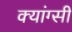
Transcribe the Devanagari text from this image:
क्यांग्सी